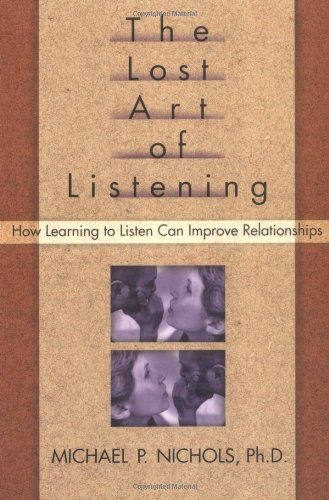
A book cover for The Lost Art of Listening: How Learning to Listen Can Improve Relationships; Michael Nichols; Parenting & Relationships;